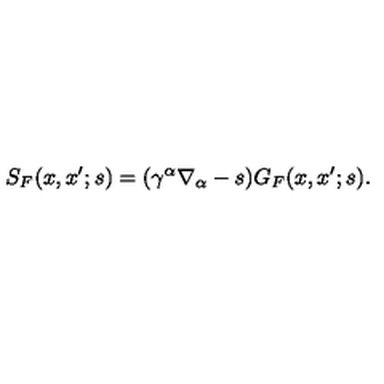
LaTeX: S _ { F } ( x , x ^ { \prime } ; s ) = ( \gamma ^ { \alpha } \nabla _ { \alpha } - s ) G _ { F } ( x , x ^ { \prime } ; s ) .